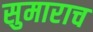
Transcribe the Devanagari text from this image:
सुमाराच